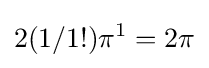
2(1/1!)\pi ^{1}=2\pi